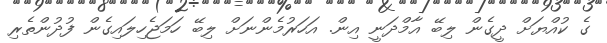
ގެ ކުއްޔަށް ދީގެން ލިބޭ އާމްދަނީ އިން. އަހަރުމެންނަށް ލިބޭ ހަމަޖެހިލައިގެން ފުދުންތެރި